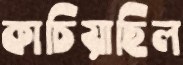
কাচিয়াছিল